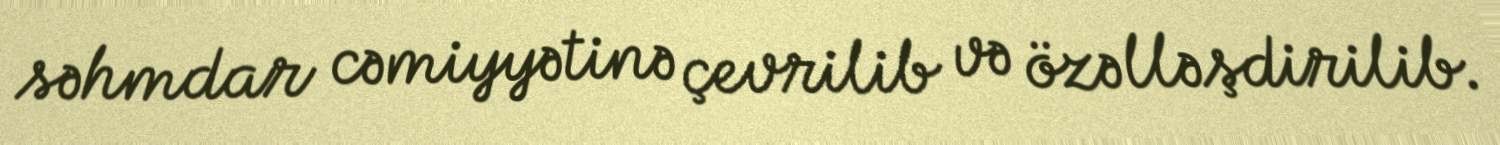
səhmdar cəmiyyətinə çevrilib və özəlləşdirilib.